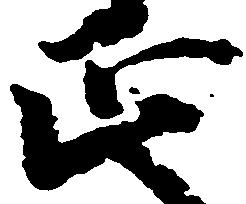
正